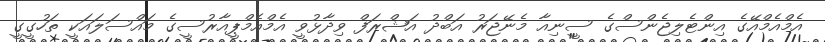
އެމްއެމްއޭގެ އިންޓެލިޖެންސްގެ ސީނިއާ މެނޭޖަރު އަބްދު އަޝްރަފް ވިދާޅުވީ އެމްއެމްޕީއާރުސީގެ މައްސަލައަކީ ތަހުގީގީ